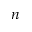
n